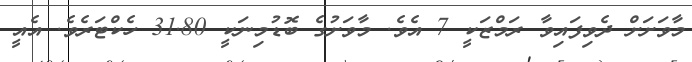
މާވަށަށް ދެވިފައިވާ ރަމްޒަކީ 7 އެވެ. މާވަށުގެ ބޮޑުމިނަކީ 31.80 ހެކްޓަރެވެ. އެއީ